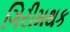
ગિરીમથક